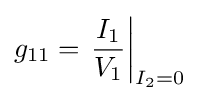
g_{11}=\left.{\frac {I_{1}}{V_{1}}}\right|_{I_{2}=0}